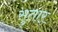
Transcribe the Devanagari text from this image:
सुतार्